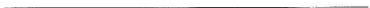
___